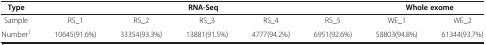
<table><thead><tr><td><b>Type</b></td><td colspan="5"><b>RNA-Seq</b></td><td colspan="2"><b>Whole exome</b></td></tr></thead><tbody><tr><td>Sample</td><td>RS_1</td><td>RS_2</td><td>RS_3</td><td>RS_4</td><td>RS_5</td><td>WE_1</td><td>WE_2</td></tr><tr><td>Number<sup>1</sup></td><td>10645(91.6%)</td><td>33354(93.3%)</td><td>13881(91.5%)</td><td>4777(94.2%)</td><td>6951(92.6%)</td><td>58803(94.8%)</td><td>61344(93.7%)</td></tr></tbody></table>